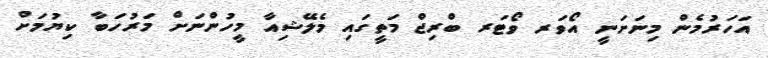
އަހަރުމެން މިނަށަނީ އޯވަރ ވޯޓަރ ބްރިޖް މަތީގައި މެލޭޝިއާ މީހުންނަށް މަރުހަބާ ކިޔުމަށް